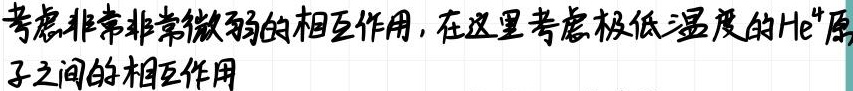
考虑非常非常微弱的相互作用，在这里考虑极低温度的\(He^{4}\)原
子之间的相互作用